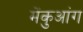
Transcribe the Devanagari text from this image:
मेंकुआंग